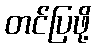
တင်ပြဖို့